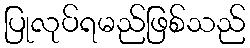
ပြုလုပ်ရမည်ဖြစ်သည်